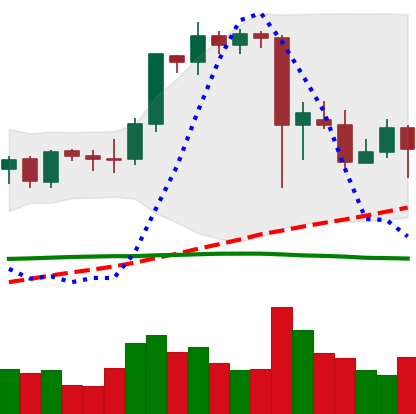
Ticker: ETH-USD
Chart end date: 2021-09-13
Forward return: 4.459%
Label: up_3_5